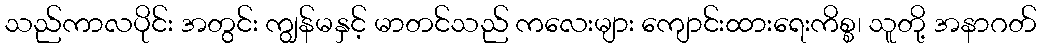
သည်ကာလပိုင်း အတွင်း ကျွန်မနှင့် မာတင်သည် ကလေးများ ကျောင်းထားရေးကိစ္စ၊ သူတို့ အနာဂတ်